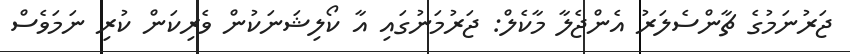
ޖަރުނަމުގެ ޗާންސެލަރު އެންޖެލާ މާކެލް: ޖަރުމަނުގައި އާ ކޯލިޝަނަކުން ވެރިކަން ކުރި ނަމަވެސް